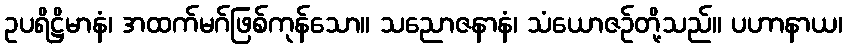
ဥပရိဋ္ဌိမာနံ၊ အထက်မဂ်ဖြစ်ကုန်သော။ သညောဇနာနံ၊ သံယောဇဉ်တို့သည်။ ပဟာနာယ၊